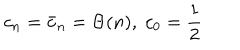
c _ { n } = \bar { c } _ { n } = \Theta ( n ) , \; c _ { 0 } = { \frac { 1 } { 2 } }